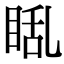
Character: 𪾬